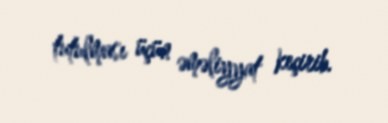
tutulması üçün əməliyyat keçirib.